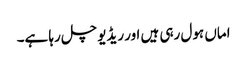
اماں ہول رہی ہیں اور ریڈیو چل رہا ہے۔